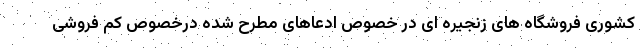
کشوری فروشگاه های زنجیره ای در خصوص ادعاهای مطرح شده درخصوص کم فروشی